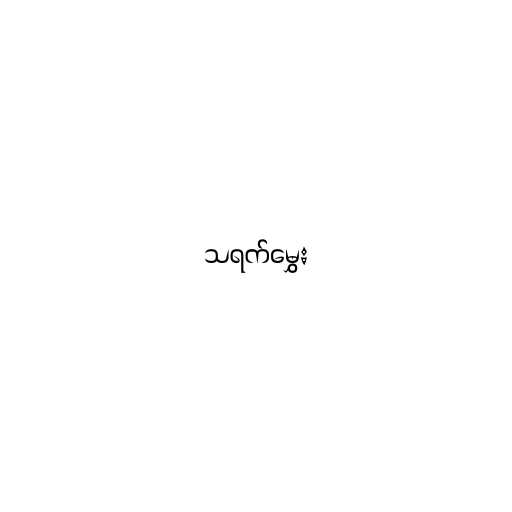
သရက်မွှေး